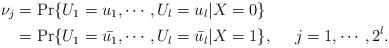
LaTeX: \begin{align*}\nu_j&=\Pr\{U_1=u_1,\cdots,U_l=u_l | X=0\} \\ &=\Pr\{U_1=\bar{u_1},\cdots,U_l=\bar{u_l} | X=1\}, \ \ \ \ j=1,\cdots,2^l.\end{align*}